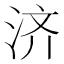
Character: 济